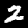
Digit: 2